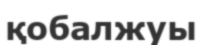
қобалжуы